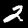
Digit: 2